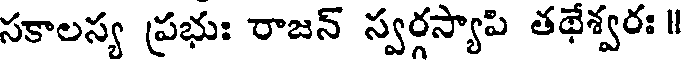
సకాలస్య ప్రభుః రాజన్ స్వర్గస్యాపి తథేశ్వరః ॥